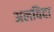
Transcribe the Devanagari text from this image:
अलविदा